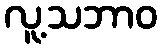
လူ့သဘာဝ